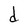
Character: d